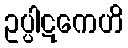
ဥပ္ပါဋကေဟိ